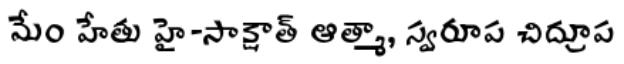
మేం హేతు హై-సాక్షాత్ ఆత్మా, స్వరూప చిద్రూప